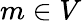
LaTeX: m\in V